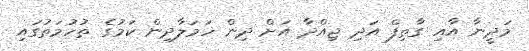
މަދީނާ އާއި ގާތިފް އަދި ޖިއްދާ އަށް ދިން ހަމަލާދިން ކަމުގެ ތުހުމަތުގައި